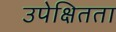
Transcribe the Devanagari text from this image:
उपेक्षितता